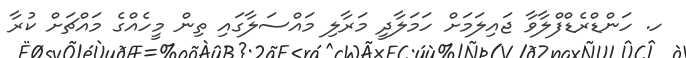
ހ. ހަންޑްރެޑްފްލާވާ ޖައިލަމަށް ހަމަލާދީ މަރާލި މައްސަލާގައި ތިން މީހެއްގެ މައްޗަށް ކުރާ